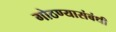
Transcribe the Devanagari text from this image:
गोठण्यासंबंधी